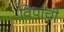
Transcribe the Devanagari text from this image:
विपांची